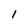
Character: 1